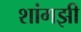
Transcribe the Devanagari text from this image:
शांगझी